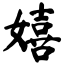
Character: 嬉